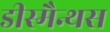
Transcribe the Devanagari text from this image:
डीस्मैन्थस